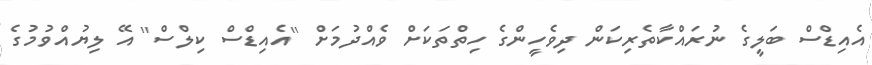
އެއިޑްސް ބަލީގެ ނުރައްކާތެރިކަން ދިވެހީންގެ ހިތްތަކަށް ވެއްދުމަށް ''އެއިޑްސް ކިލްސް'' އޭ ލިޔުއްވުމުގެ